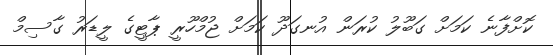
ކޮށްފާނެ ކަމަށް ގަބޫލު ކުރަން އުނގަދޫ ކަމަށް ޖުމްހޫރީ ޕާޓީގެ ލީޑަރު ގާސިމް